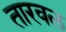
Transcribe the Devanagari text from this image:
तारवल